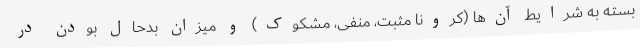
بسته به شرایط آن‌ها (کرونا مثبت، منفی، مشکوک) و میزان بدحال بودن در